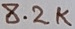
Text: 8.2K